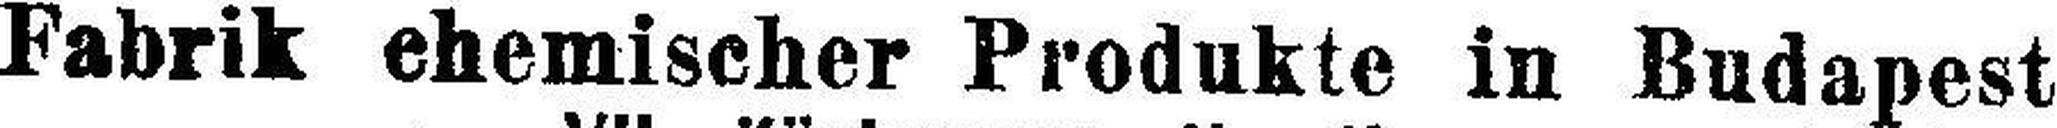
Fabrik ehemischer Produkte in Budapest